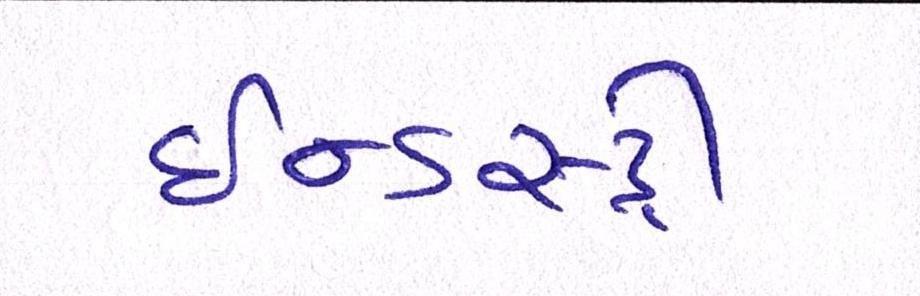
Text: ઈન્ડસ્ટ્રી